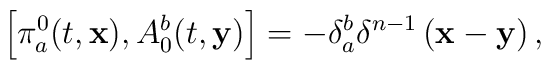
\left[ \pi _{a}^{0}(t,\mathbf{x}),A_{0}^{b}(t,\mathbf{y})\right] =-\delta_{a}^{b}\delta ^{n-1}\left( \mathbf{x-y}\right) ,